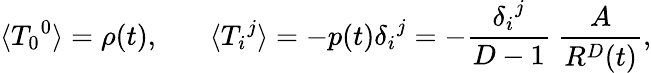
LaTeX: \langle{T_{0}}^{0}\rangle=\rho(t),~~~~~~~\langle{T_{i}}^{j}\rangle=-p(t){\delta_{i}}^{j}=-{\frac{{\delta_{i}}^{j}}{D-1}}~{\frac{A}{R^{D}(t)}},